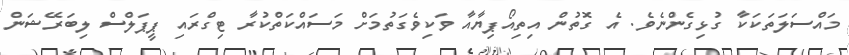
މައްސަލަތަކަކާ ގުޅިގެންނެވެ. އެ ގޮތުން އިތިއޯޕިޔާއާ ވަކިވެގަތުމަށް މަސައްކަތްކުރާ ޓިގްރައި ޕީޕަލްސް ލިބަރޭޝަން